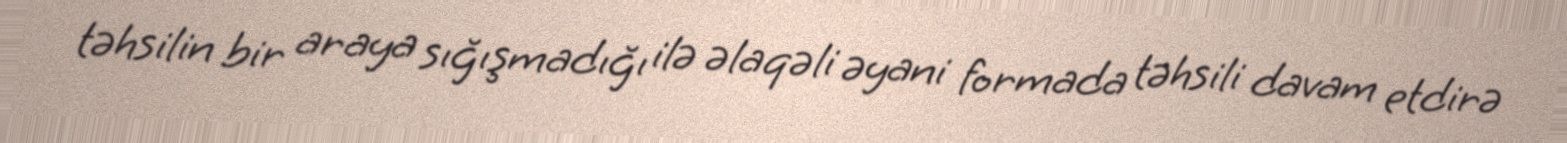
təhsilin bir araya sığışmadığı ilə əlaqəli əyani formada təhsili davam etdirə